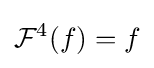
{\mathcal {F}}^{4}(f)=f